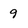
Character: 9